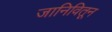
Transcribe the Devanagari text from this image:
जानिवितून